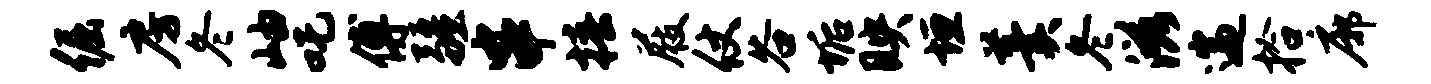
倔房冬岫吒傅疆串椿屐仗谷垢映垣羹冬滋遄拾廓